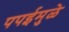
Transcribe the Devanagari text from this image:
पपईमुळे